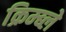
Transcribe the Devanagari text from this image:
क्रिम्ब्ले